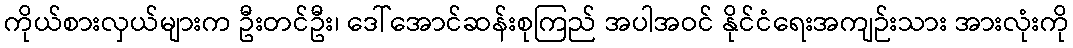
ကိုယ်စားလှယ်များက ဦးတင်ဦး၊ ဒေါ်အောင်ဆန်းစုကြည် အပါအဝင် နိုင်ငံရေးအကျဉ်းသား အားလုံးကို